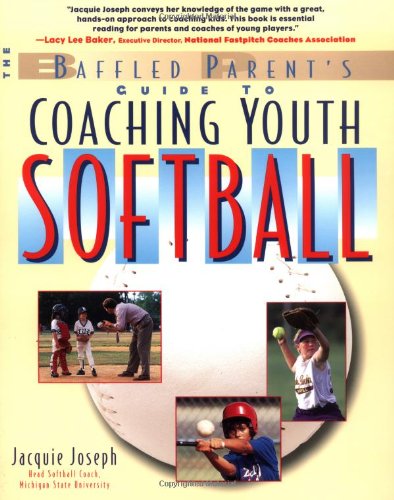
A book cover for Coaching Youth Softball:  A Baffled Parent's Guide; Jacquie Joseph; Sports & Outdoors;